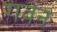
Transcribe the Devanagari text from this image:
गवन